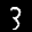
Label: 3